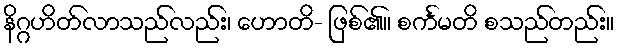
နိဂ္ဂဟိတ်လာသည်လည်း၊ ဟောတိ- ဖြစ်၏။ စင်္ကမတိ စသည်တည်း။